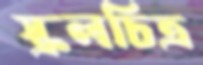
স্ক্রলচিত্র